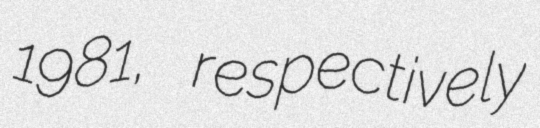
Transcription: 1981, respectively